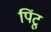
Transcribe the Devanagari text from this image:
पिंटू